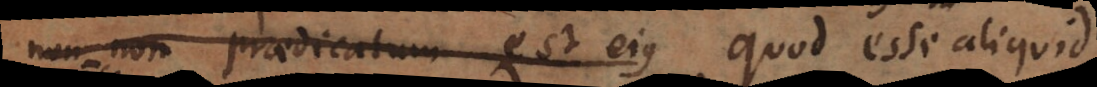
non‐non praedicatum est ejus quod esse aliquid